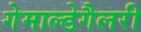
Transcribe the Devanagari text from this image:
गेमाल्डेगैलरी